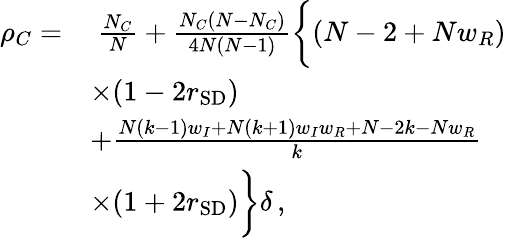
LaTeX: \begin{array}{rl}{\rho_{C}=}&{~\frac{N_{C}}{N}+\frac{N_{C}(N-N_{C})}{4N(N-1)}\bigg\{ (N-2+Nw_{R})}\\ &{\times(1-2r_{\mathrm{SD}})}\\ &{+\frac{N(k-1)w_{I}+N(k+1)w_{I}w_{R}+N-2k-Nw_{R}}{k}}\\ &{\times(1+2r_{\mathrm{SD}})\bigg\} \delta\, ,}\end{array}